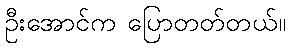
ဦးအောင်က ပြောတတ်တယ်။